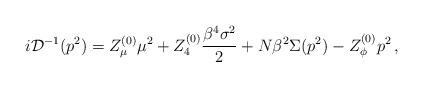
LaTeX: \begin{align*}i{\cal D}^{-1}(p^2) = Z^{(0)}_{\mu}\mu^2+ Z^{(0)}_4\frac{\beta^4\sigma^2}{2}+N\beta^2\Sigma(p^2) - Z^{(0)}_{\phi}p^2\,,\end{align*}